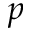
p